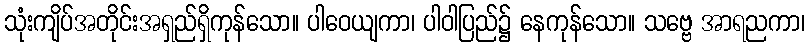
သုံးကျိပ်အတိုင်းအရှည်ရှိကုန်သော။ ပါဝေယျကာ၊ ပါဝါပြည်၌ နေကုန်သော။ သဗ္ဗေ အာရညကာ၊